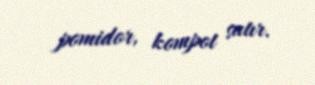
pomidor, kompot satır.